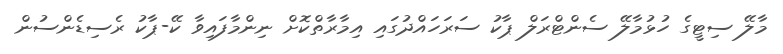
މާލޭ ސިޓީގެ ހުޅުމާލޭ ސެންޓްރަލް ޕާކު ސަރަހައްދުގައި އިމާރާތްކޮށް ނިންމާފައިވާ ކޭ-ޕާކު ރެސިޑެންސުން